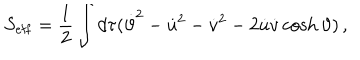
S _ { { \mathrm { e f f } } } = \frac 1 2 \int d \tau ( \dot { \vartheta } ^ { 2 } - \dot { u } ^ { 2 } - \dot { v } ^ { 2 } - 2 \dot { u } \dot { v } \cosh \vartheta ) \, ,